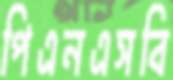
পিএনএসবি